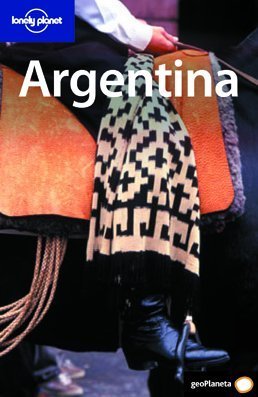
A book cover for Argentina (Country Guide) (Spanish Edition); Danny Palmerlee; Travel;